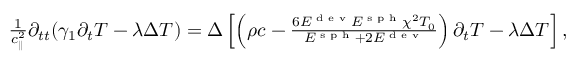
\begin{array} { r } { \frac { 1 } { c _ { | | } ^ { 2 } } \partial _ { t t } ( \gamma _ { 1 } \partial _ { t } T - \lambda \Delta T ) = \Delta \left[ \left( \rho c - \frac { 6 E ^ { \textrm { d e v } } E ^ { \textrm { s p h } } \chi ^ { 2 } T _ { 0 } } { E ^ { \textrm { s p h } } + 2 E ^ { \textrm { d e v } } } \right) \partial _ { t } T - \lambda \Delta T \right] , } \end{array}